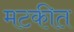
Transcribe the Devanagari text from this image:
मटकीत